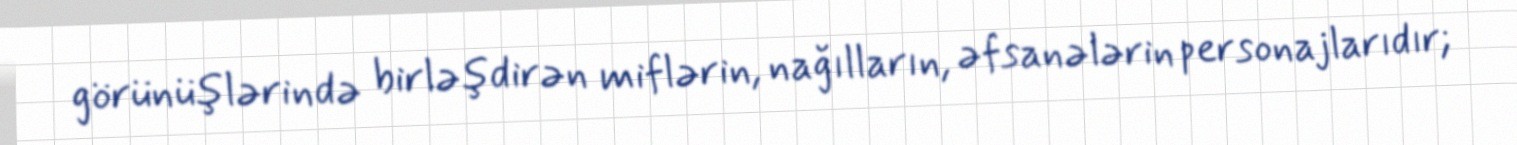
görünüşlərində birləşdirən miflərin, nağılların, əfsanələrin personajlarıdır;